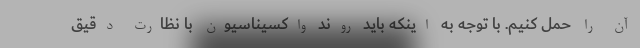
آن را حمل کنیم. با توجه به اینکه باید روند واکسیناسیون با نظارت دقیق